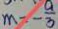
m = - \frac { a } { 3 }